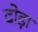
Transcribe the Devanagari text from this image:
दोड़ा